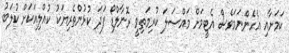
ކަމަށާއި އެހެންނަމަވެސް އެޓީމަށް މައްސަލަ ކުރިމަތިވީ ރޮނާލްޑޯ ފަދަ ކުޅުންތެރިޔަކު ކުއްލިއަކަށް ކުލަބު